Medical and sanitary report of the native army of Madras for the year
Year: 1878
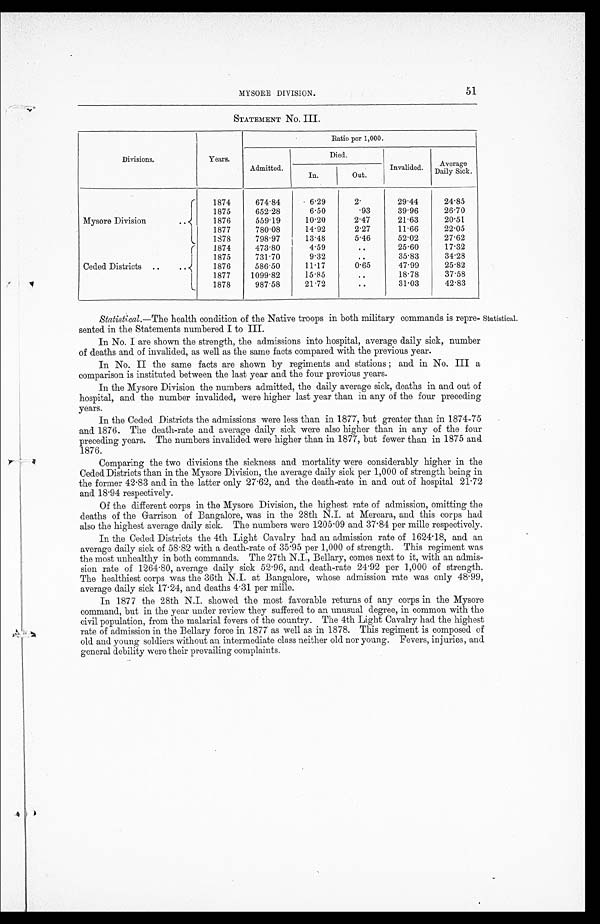
MYSORE DIVISION.
51
STATEMENT NO. III.
Divisions.
Years.
Ratio per 1,000.
Admitted.
Died.
Invalided.
Average
Daily Sick.
In.
Out.
Mysore Division
..
1874
674.84
6.29
2.
29.44
24.85
1875
652.28
6.50
. 9 3 39.96
26.70
1876
559.19
10.20
2.47
21.63
20.51
1877
780.08
14.92
2.27
11.66
22.05
1878
798.97
13.48
5.46
52.02
27.62
Ceded Districts
..
..
1874
473.80
4.59
. .
25.60
17.32
1875
731.70
9.32
..
35.83
34.28
1876
586.50
11.17
0.65
47.99
25.82
1877
1099.82
15.85
. .
18.78
37.58
1878
987.58
21.72
..
31.03
42.83
Statistical.― The health condition of the Native troops in both military commands is repre
sented in the Statements numbered I to III.
Statistical.
In No. I are shown the strength, the admissions into hospital, average daily sick, number
of deaths and of invalided, as well as the same facts compared with the previous year.
In No. II the same facts are shown by regiments and stations ; and in No. III a
comparison is instituted between the last year and the four previous years.
In the Mysore Division the numbers admitted, the daily average sick, deaths in and out of
hospital, and the number invalided, were higher last year than in any of the four preceding
years.
In the Ceded Districts the admissions were less than in 1877, but greater than in 1874-75
and 1876. The death-rate and average daily sick were also higher than in any of the four
preceding years. The numbers invalided were higher than in 1877, but fewer than in 1875 and
1876.
Comparing the two divisions the sickness and mortality were considerably higher in the
Ceded Districts than in the Mysore Division, the average daily sick per 1,000 of strength being in
the former 42.83 and in the latter only 27.62, and the death-rate in and out of hospital 21.72
and 18.94 respectively.
Of the different corps in the Mysore Division, the highest rate of admission, omitting the
deaths of the Garrison of Bangalore, was in the 28th N.I. at Mercara, and this corps had
also the highest average daily sick. The numbers were 1205.09 and 37.84 per mille respectively.
In the Ceded Districts the 4th Light Cavalry had an admission rate of 1624.18, and an
average daily sick of 58.82 with a death-rate of 35.95 per 1,000 of strength. This regiment was
the most unhealthy in both commands. The 27th N.I., Bellary, comes next to it, with an admis-
sion rate of 1264.80, average daily sick 52.96, and death-rate 24.92 per 1,000 of strength.
The healthiest corps was the 36th N.I. at Bangalore, whose admission rate was only 48.99,
average daily sick 17.24, and deaths 4.31 per mille.
In 1877 the 28th N.I. showed the most favorable returns of any corps in the Mysore
command, but in the year under review they suffered to an unusual degree, in common with the
civil population, from the malarial fevers of the country. The 4th Light Cavalry had the highest
rate of admission in the Bellary force in 1877 as well as in 1878. This regiment is composed of
old and young soldiers without an intermediate class neither old nor young. Fevers, injuries, and
general debility were their prevailing complaints.